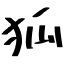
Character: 狐